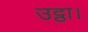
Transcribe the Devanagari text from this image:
उट्ठा।